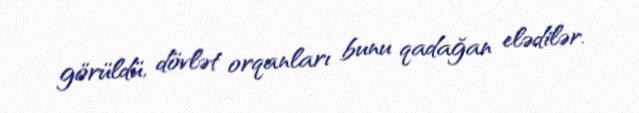
görüldü, dövlət orqanları bunu qadağan elədilər.